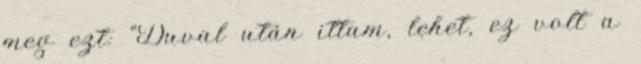
meg ezt: "Duval után ittam, lehet, ez volt a